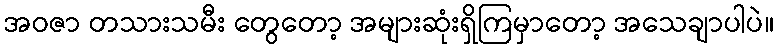
အဝဇာ တသားသမီး တွေတော့ အများဆုံးရှိကြမှာတော့ အသေချာပါပဲ။